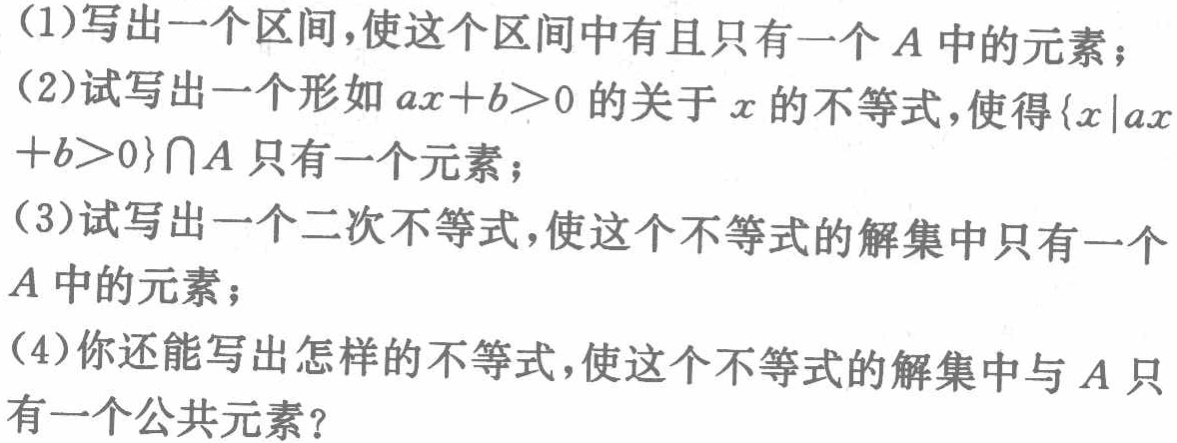
(1)写出一个区间,使这个区间中有且只有一个\(A\)中的元素；
(2)试写出一个形如\(ax + b>0\)的关于\(x\)的不等式,使得\(\{x|ax + b>0\}\cap A\)只有一个元素；
(3)试写出一个二次不等式,使这个不等式的解集中只有一个\(A\)中的元素；
(4)你还能写出怎样的不等式,使这个不等式的解集中与\(A\)只有一个公共元素?